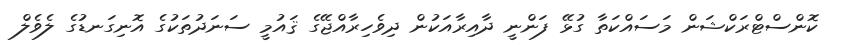
ކޮންސްޓްރަކްޝަން މަސައްކަތާ ގުޅޭ ފަންނީ ދާއިރާއަކުން ދިވެހިރާއްޖޭގެ ޤައުމީ ސަނަދުތަކުގެ އޮނިގަނޑުގެ ލެވެލް